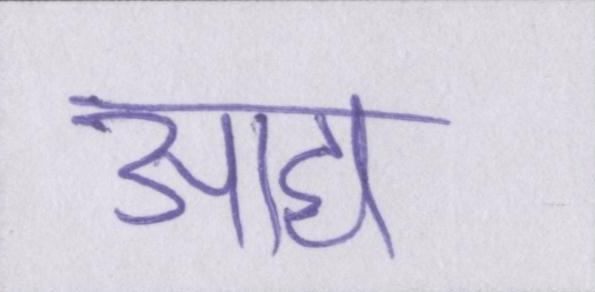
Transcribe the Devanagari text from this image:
आद्य